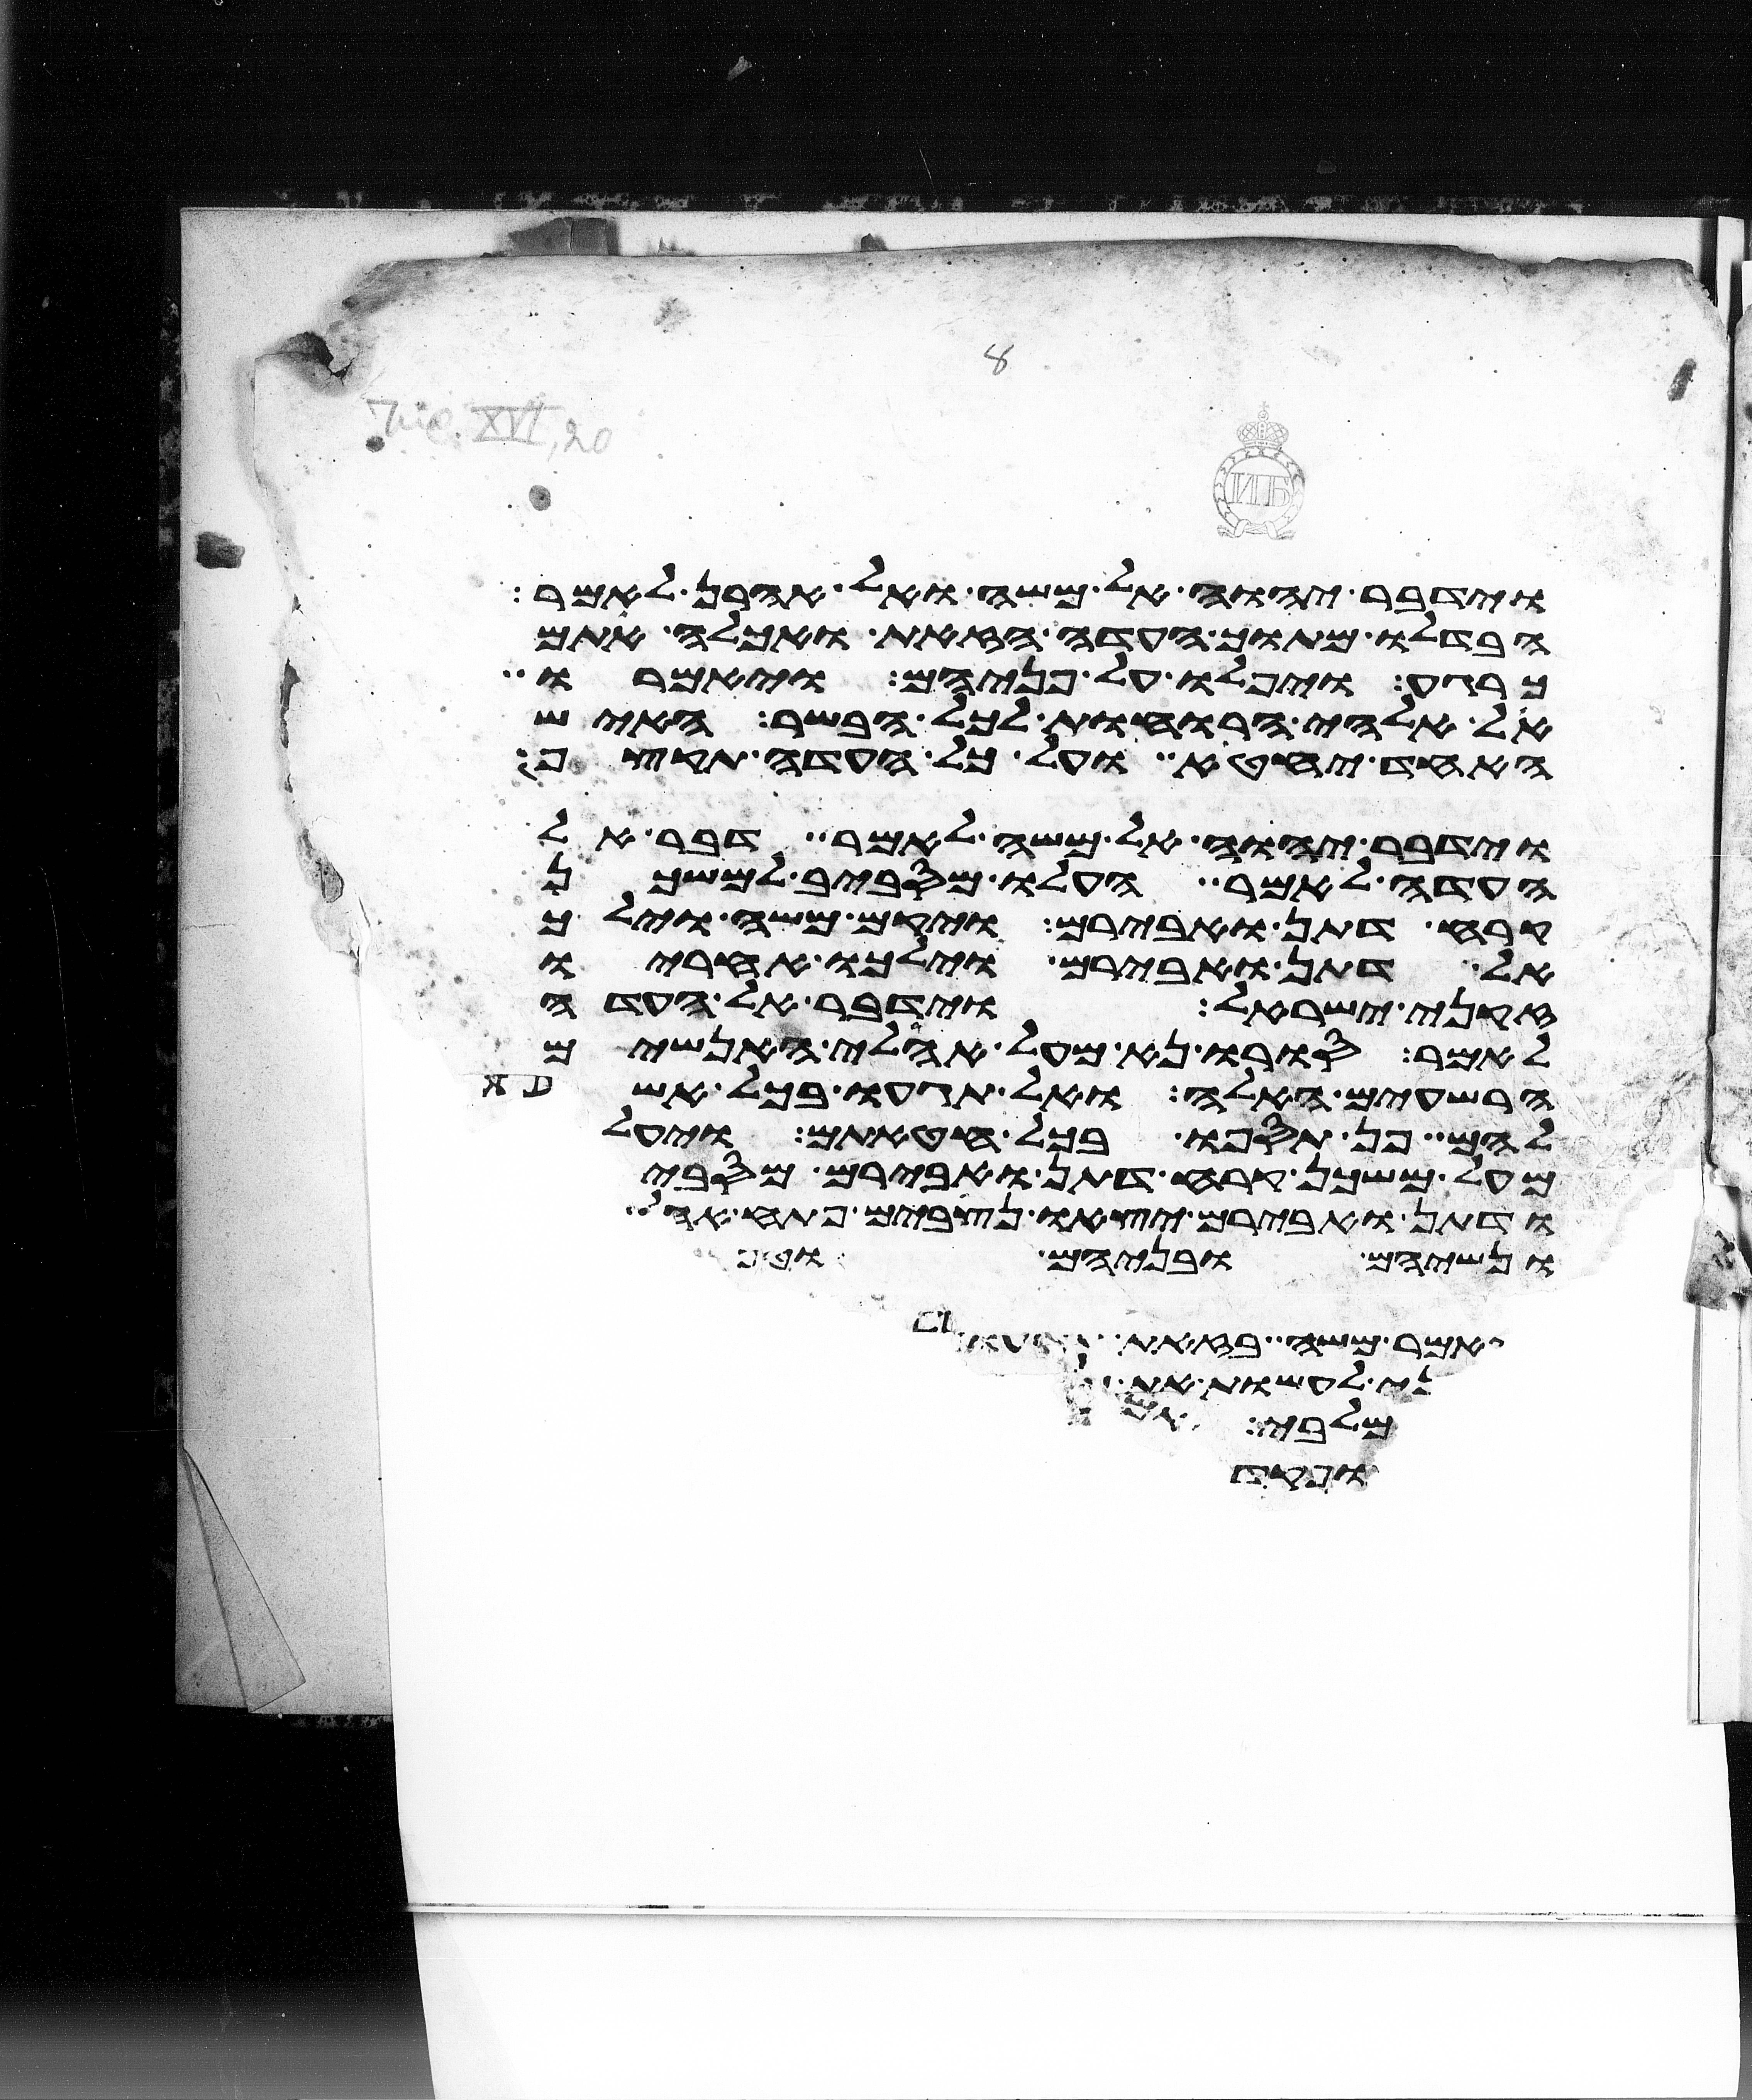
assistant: וידבר יהוה אל משה ואל אהרן לאמר
הבדלו מתוך העדה הזאת ואכלה אתם
כרגע ויפלו על פניהם ויאמרו
אל אלהי הרוחות לכל הבשר האיש
האחד יחטא ועל כל העדה
וידבר יהוה אל משה לאמר דבר אל
העדה לאמר העלו מסביב למשכן
קרח דתן ואבירם ויקם משה וילך
אל דתן ואבירם וילכו אחריו
זקני ישראל וידבר אל העדה
לאמר סורו נא מעל אהלי האנשים
הרשעים האלה ואל תגעו בכל אשר
להם פן תספו בכל חטאתם ויעלו
מעל משכן קרח דתן ואבירם מסביב
ודתן ואבירם יצאו נצבים פתח
ונשיהם ובניהם
ויאמר משה בזאת תדעון
בני עשו אם
מלבי
ויפקד
ופקד